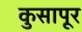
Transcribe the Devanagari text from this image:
कुसापूर